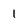
Character: 1